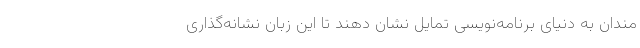
‌مندان به دنیای برنامه‌نویسی تمایل نشان دهند تا این زبان نشانه‌گذاری